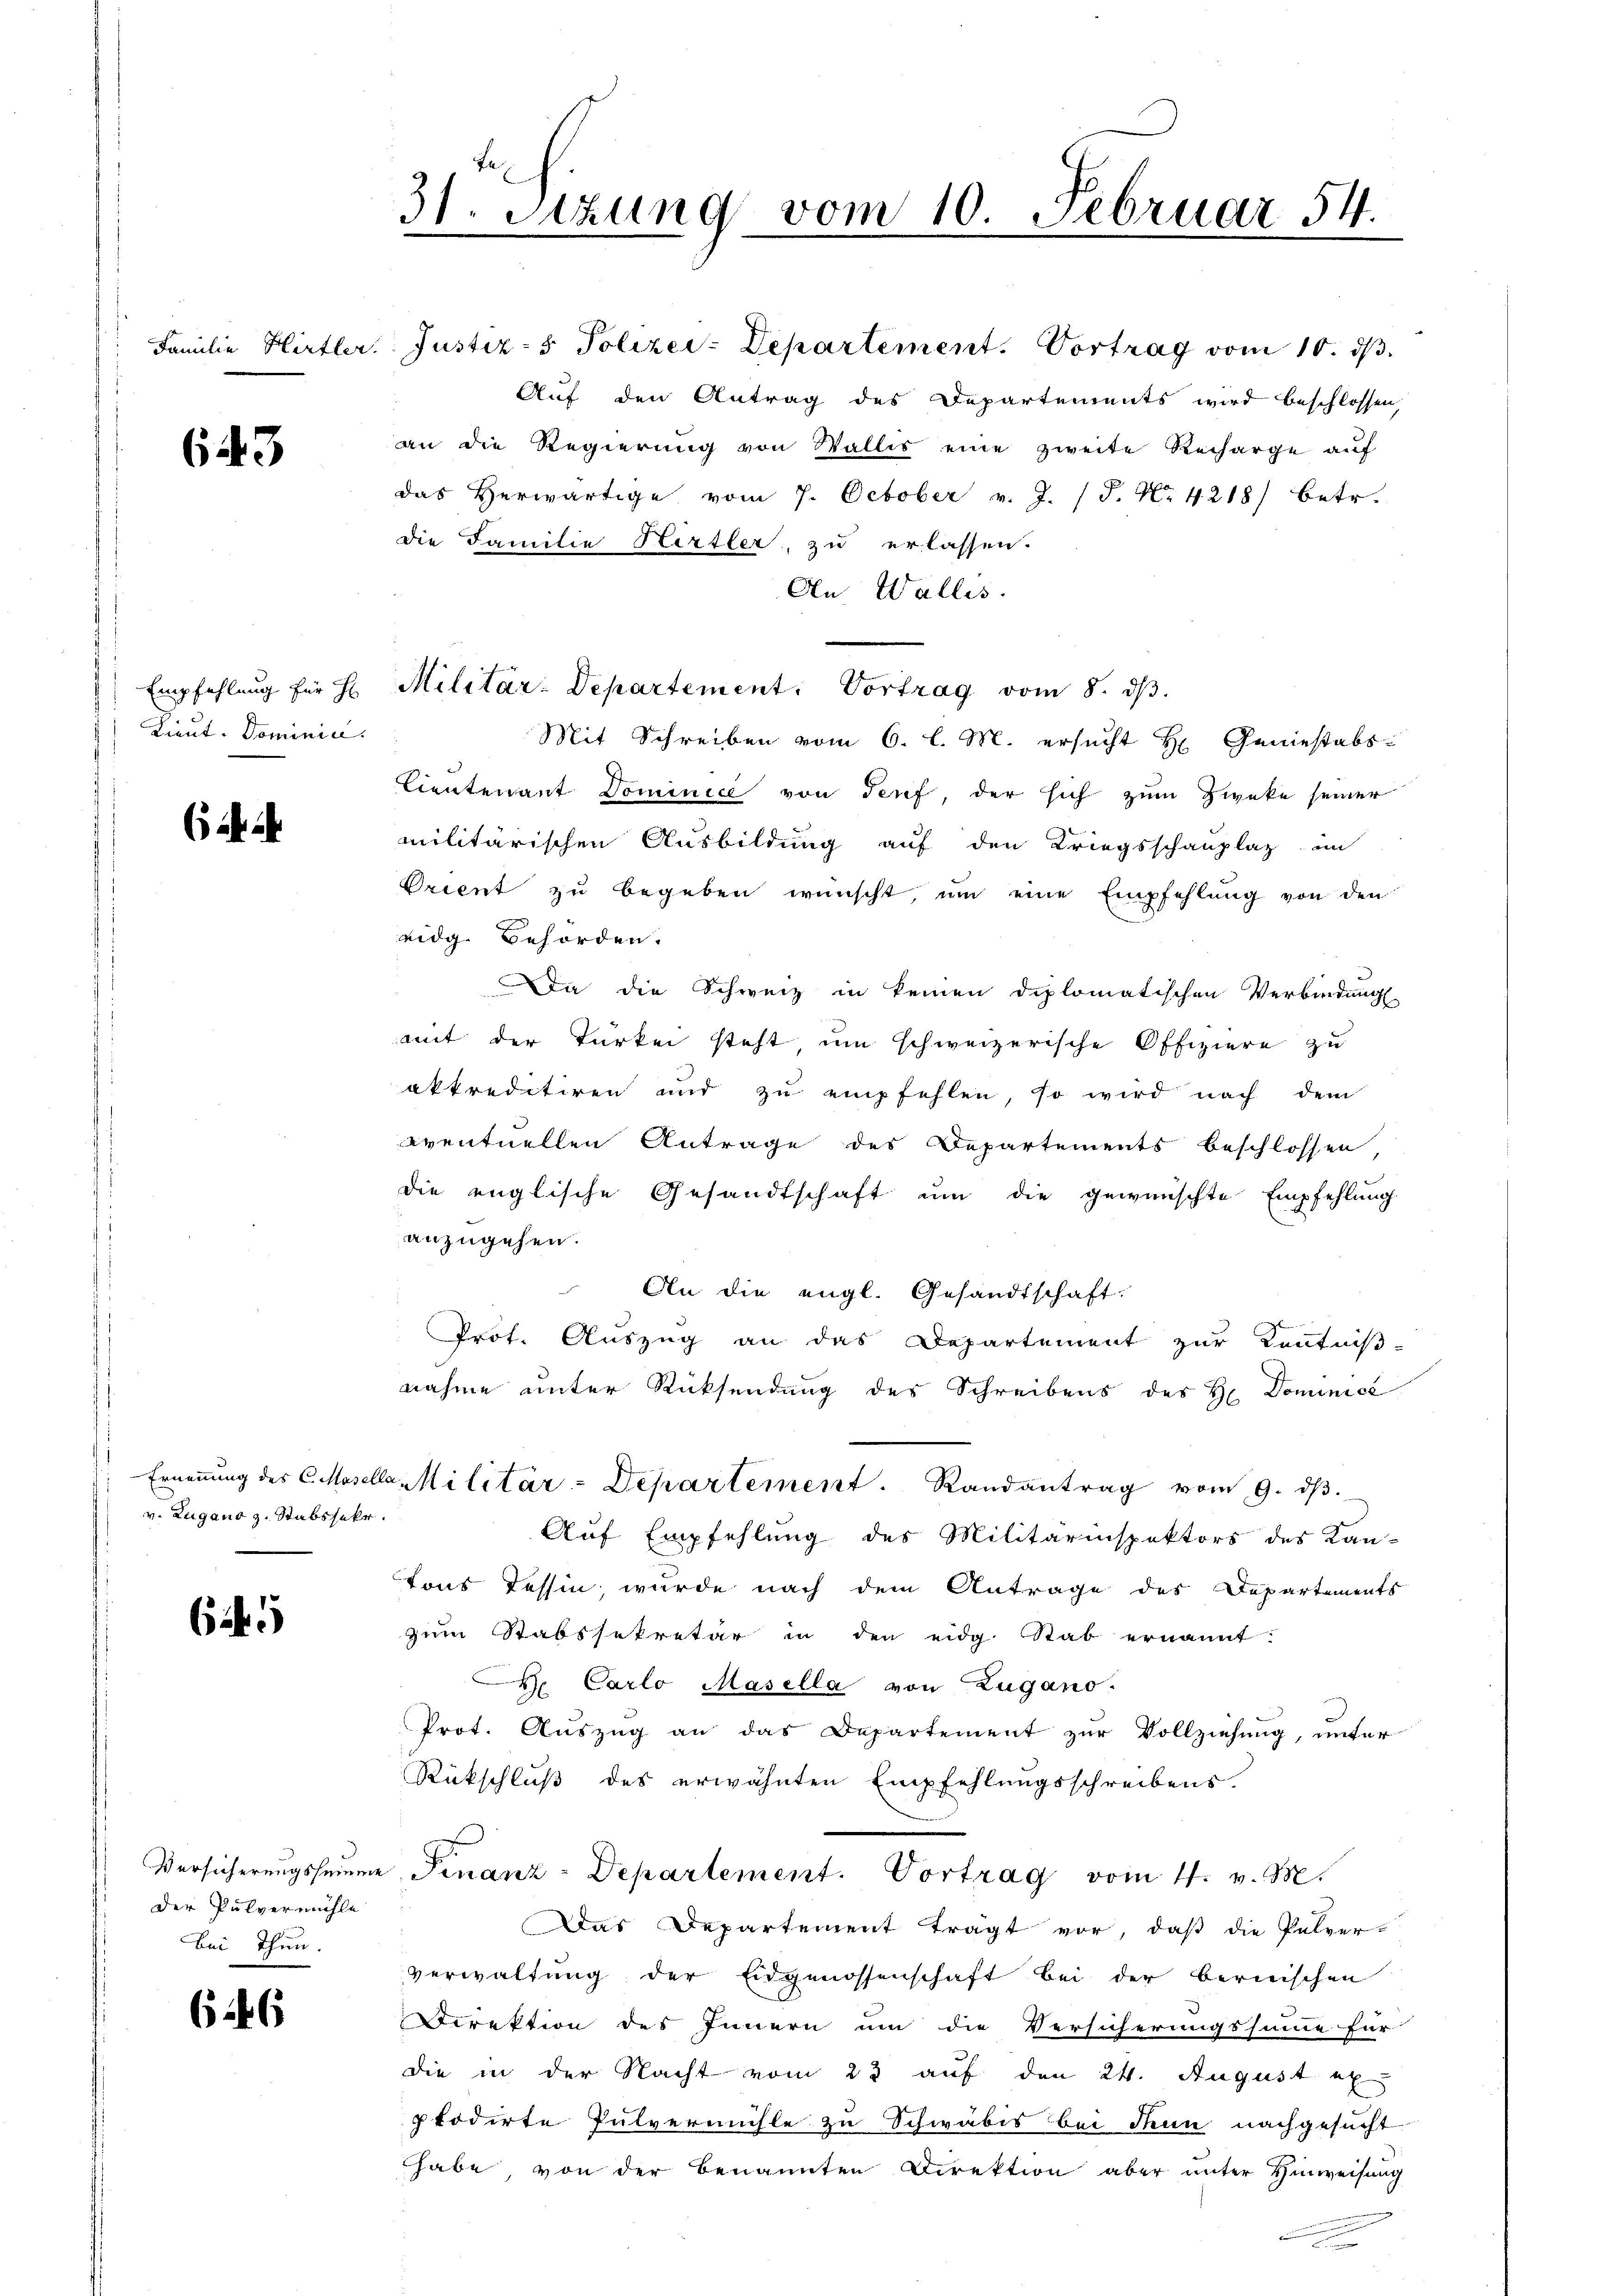
643

Lieut. Dominic

64

65

646

Familie Hirtler Justiz- & Polizei-Departement. Vortrag vom 10. dβ.
Auf den Antrag des Departements wird beschlossen,
an die Regierung von Wallis eine zweite Recharge auf
das Herwärtige vom 7. October v. J. (T. N. 4218) betr.
die Familie Hirtler, zu erlassen.
An Wallis.
Mit Schreiben vom 6. l. M. ersucht H. Geniestabs
Lieutenant Dominici von Terf, der sich zum Zweke seiner
militärischen Ausbildung auf den Kriegsschauplaz im
Orient zu begeben wünscht, um eine Empfehlung von den
eidg. Behörden.
Da die Schweiz in keinen diplomatischen Verbindung
mit der Türkei steht, um schweizerische Offiziere zu
akkreditiren und zu empfehlen, so wird nach dem
eventuellen Antrage des Departements beschlossen,
die englische Gesandtschaft um die gewünschte Empfehlung
anzugehen.
An die engl. Gesandtschaft:
Prot. Auszug an das Departement zur Kenntnißnahme unter Rücksendung des Schreibens des H. Dominice
Ernennung des C. Mosella Militär-Departement. Randantrag vom 9. dβ.
Auf Empfehlung des Militärinspektors des Kan-
tons Tessin, wurde nach dem Antrage des Departements
zum Stabssekretär in den eidg. Stab ernannt:
t Carlo Masella von Zugano.
Prot. Auszug an das Departement zur Vollziehung, unter
Rückschluß des erwähnten Empfehlungsschreibens.
Versicherungsheime Finanz-Departement. Vortrag vom 11. v. M.
Das Departement trägt vor, daß die Pulver-
verwaltung der Eidgenossenschaft bei der bernischen
Direktion des Innern um die Versicherungssumme für
die in der Nacht vom 23 auf den 24. August ex
ptodirte Pulvermühle zu Schwäbis bei denn nachgesucht
habe, von der benannten Direktion aber unter Hinweisung

v. Zugano z. Stabssekr.

Der Pulvermühle
Bei Thun.

31. Setzung vom 10. Februar 54.
.

Empfehlung für H. Militär-Departement. Vortrag vom 8. ds.